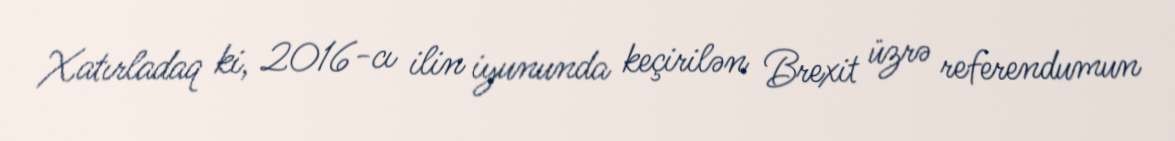
Xatırladaq ki, 2016-cı ilin iyununda keçirilən Brexit üzrə referendumun